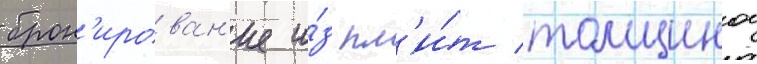
брон'ирован'ие и́з пл'и́т толщинои